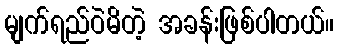
မျက်ရည်ဝဲမိတဲ့ အခန်းဖြစ်ပါတယ်။